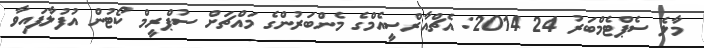
މާލެ ސެޕްޓެމްބަރު 24 2014: އެޗްއާރްސީއެމްގެ މެންބަރުންގެ މައްޗަށް ސުޕްރީމް ކޯޓުން އުފުލާފައިވާ